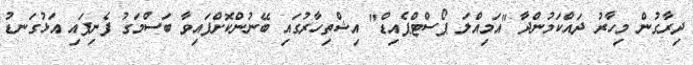
ދިރާގުން މިހާރު ދައްކަމުންދާ "އަމިއްލަ ޕޯސްޓްޕެއިޑް" އިޝްތިހާރުގައި ބޭނުންކޮށްފައިވާ ބަސްމަގު ފެނިފައި އަޅުގަނޑު